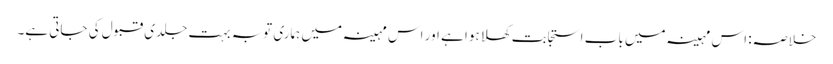
خلاصہ: اس مہینہ میں باب استجابت کھلا ہوا ہے اور اس مہینہ میں ہماری توبہ بہت جلدی قبول کی جاتی ہے۔